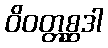
ဝိဝတ္တစ္ဆဒါ